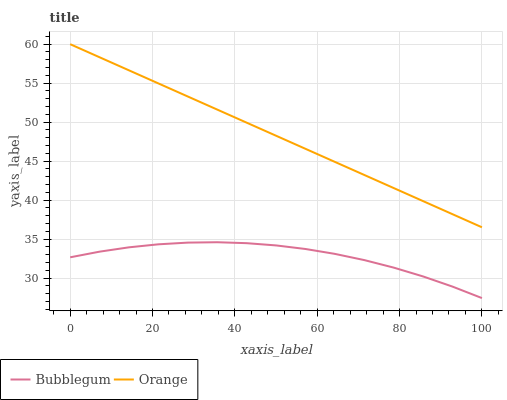
| xaxis_label | Bubblegum | Orange |
 | --- | --- | --- |
 | 0 | 32.7 | 60 |
 | 7.14 | 33.4 | 58.3 |
 | 14.3 | 33.9 | 56.6 |
 | 21.4 | 34.3 | 55 |
 | 28.6 | 34.5 | 53.3 |
 | 35.7 | 34.6 | 51.6 |
 | 42.9 | 34.5 | 49.9 |
 | 50 | 34.2 | 48.3 |
 | 57.1 | 33.7 | 46.6 |
 | 64.3 | 33.1 | 44.9 |
 | 71.4 | 32.3 | 43.2 |
 | 78.6 | 31.3 | 41.5 |
 | 85.7 | 30.2 | 39.9 |
 | 92.9 | 28.9 | 38.2 |
 | 100 | 27.4 | 36.5 |